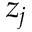
z _ { j }